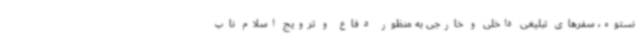
نستوه، سفرهای تبلیغی داخلی و خارجی به منظور دفاع و ترویج اسلام ناب